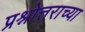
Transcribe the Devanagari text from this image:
प्रश्नोत्तराच्या